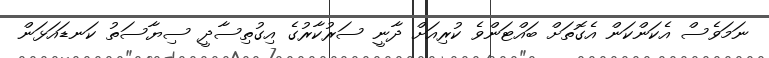
ނަމަވެސް އެކަންކަން އެގޮތަށް ބައްޓަންވެ ކުރިއަށް ދާނީ ސަރުކާރުގެ އިގުތިސާދީ ސިޔާސަތު ކަނޑައަޅަން